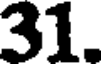
31.